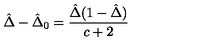
{ \hat { \Delta } } - { \hat { \Delta } } _ { 0 } = \frac { { \hat { \Delta } } ( 1 - { \hat { \Delta } } ) } { c + 2 }